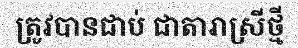
ត្រូវបានជាប់ ជាតារាស្រីថ្មី